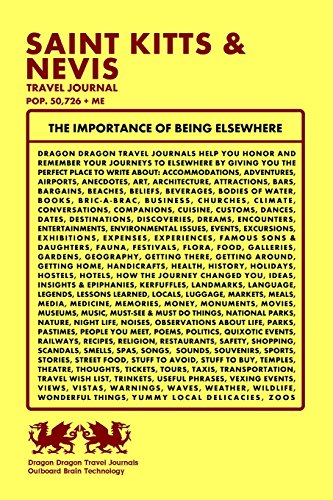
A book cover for Saint Kitts & Nevis Travel Journal, Pop. 50,726 + Me; Dragon Dragon Travel Journals; Travel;